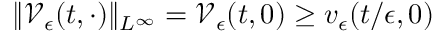
\| \mathcal { V } _ { \epsilon } ( t , \cdot ) \| _ { L ^ { \infty } } = \mathcal { V } _ { \epsilon } ( t , 0 ) \geq v _ { \epsilon } ( t / \epsilon , 0 )